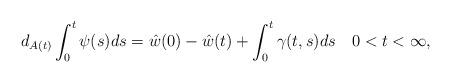
LaTeX: \begin{align*} d_{A(t)} \int_0^t \psi(s) ds = \hat w(0) - \hat w(t) +\int_0^t \gamma(t,s) ds \ \ \ 0< t <\infty, \end{align*}